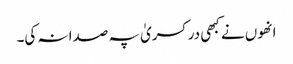
انھوں نے کبھی در کسریٰ پہ صدا نہ کی۔